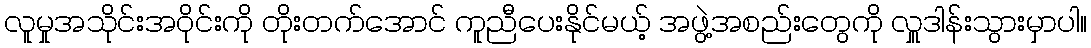
လူမှုအသိုင်းအဝိုင်းကို တိုးတက်အောင် ကူညီပေးနိုင်မယ့် အဖွဲ့အစည်းတွေကို လှူဒါန်းသွားမှာပါ။